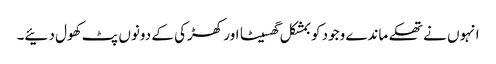
انہوں نے تھکے ماندے وجود کو بمشکل گھسیٹا اور کھڑکی کے دونوں پٹ کھول دئیے۔